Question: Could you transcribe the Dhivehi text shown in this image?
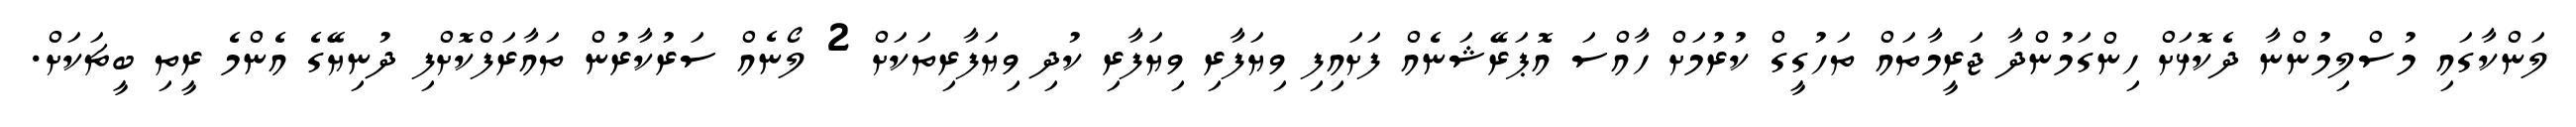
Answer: ލަންކާގައި މުސްލިމުންނާ ދެކޮޅަށް ހިންގަމުންދާ ޖަރީމާތައް ތަހުގީގް ކުރުމަށް ހާއްސަ އޮޕަރޭޝަނެއް ފަށައިފި ވިޔަފާރި ވިޔަފާރި ކުދި ވިޔަފާރިތަކަށް 2 ލޯނެއް ސަރުކާރުން ތައާރަފްކޮށްފި ދުނިޔޭގެ އެންމެ ރީތި ބީޗަކަށް.